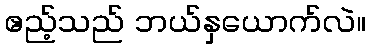
ဧည့်သည် ဘယ်နှယောက်လဲ။